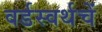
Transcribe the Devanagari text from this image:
वर्डस्वर्थचें